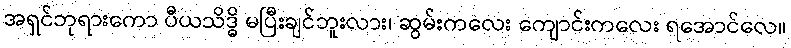
အရှင်ဘုရားကော ပီယသိဒ္ဓိ မပြီးချင်ဘူးလား၊ ဆွမ်းကလေး ကျောင်းကလေး ရအောင်လေ။